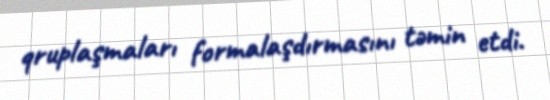
qruplaşmaları formalaşdırmasını təmin etdi.